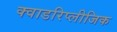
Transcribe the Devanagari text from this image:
क्वाडरिप्लीजिक